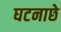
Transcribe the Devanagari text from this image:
घटनाछे